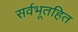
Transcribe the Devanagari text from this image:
सर्वभूतहित